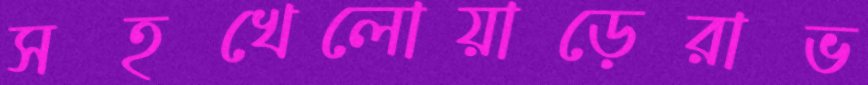
সহখেলোয়াড়েরাভ